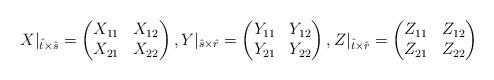
LaTeX: \begin{gather*} X|_{\hat t\times\hat s} = \begin{pmatrix} X_{11} & X_{12}\\ X_{21} & X_{22} \end{pmatrix}, Y|_{\hat s\times\hat r} = \begin{pmatrix} Y_{11} & Y_{12}\\ Y_{21} & Y_{22} \end{pmatrix}, Z|_{\hat t\times\hat r} = \begin{pmatrix} Z_{11} & Z_{12}\\ Z_{21} & Z_{22} \end{pmatrix}\end{gather*}